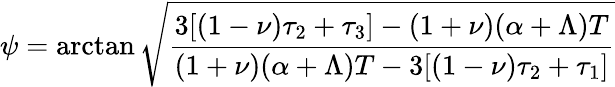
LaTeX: \psi=\arctan\sqrt{\frac{3[(1-\nu)\tau_{2}+\tau_{3}]-(1+\nu)(\alpha+\Lambda)T}{(1+\nu)(\alpha+\Lambda)T-3[(1-\nu)\tau_{2}+\tau_{1}]}}